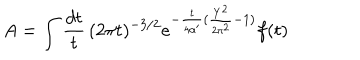
A = \int \frac { d t } { t } \, ( 2 \pi t ) ^ { - 3 / 2 } e ^ { - { \frac { t } { 4 \alpha ^ { \prime } } } ( { \frac { Y ^ { 2 } } { 2 \pi ^ { 2 } } } - 1 ) } f ( t )